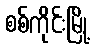
စစ်ကိုင်းမြို့